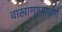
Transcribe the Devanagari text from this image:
वाखाणण्याजोगे